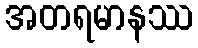
အတရမာနဿ